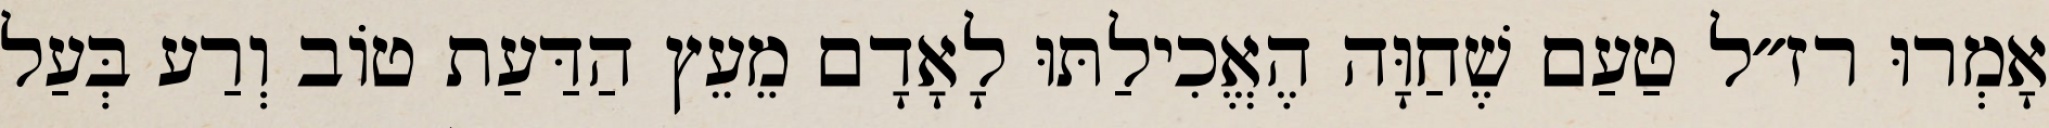
אָמְרוּ רז״ל טַעַם שֶׁחַוָּה הֶאֱכִילַתּוּ לָאָדָם מֵעֵץ הַדַּעַת טוֹב וְרַע בְּעַל